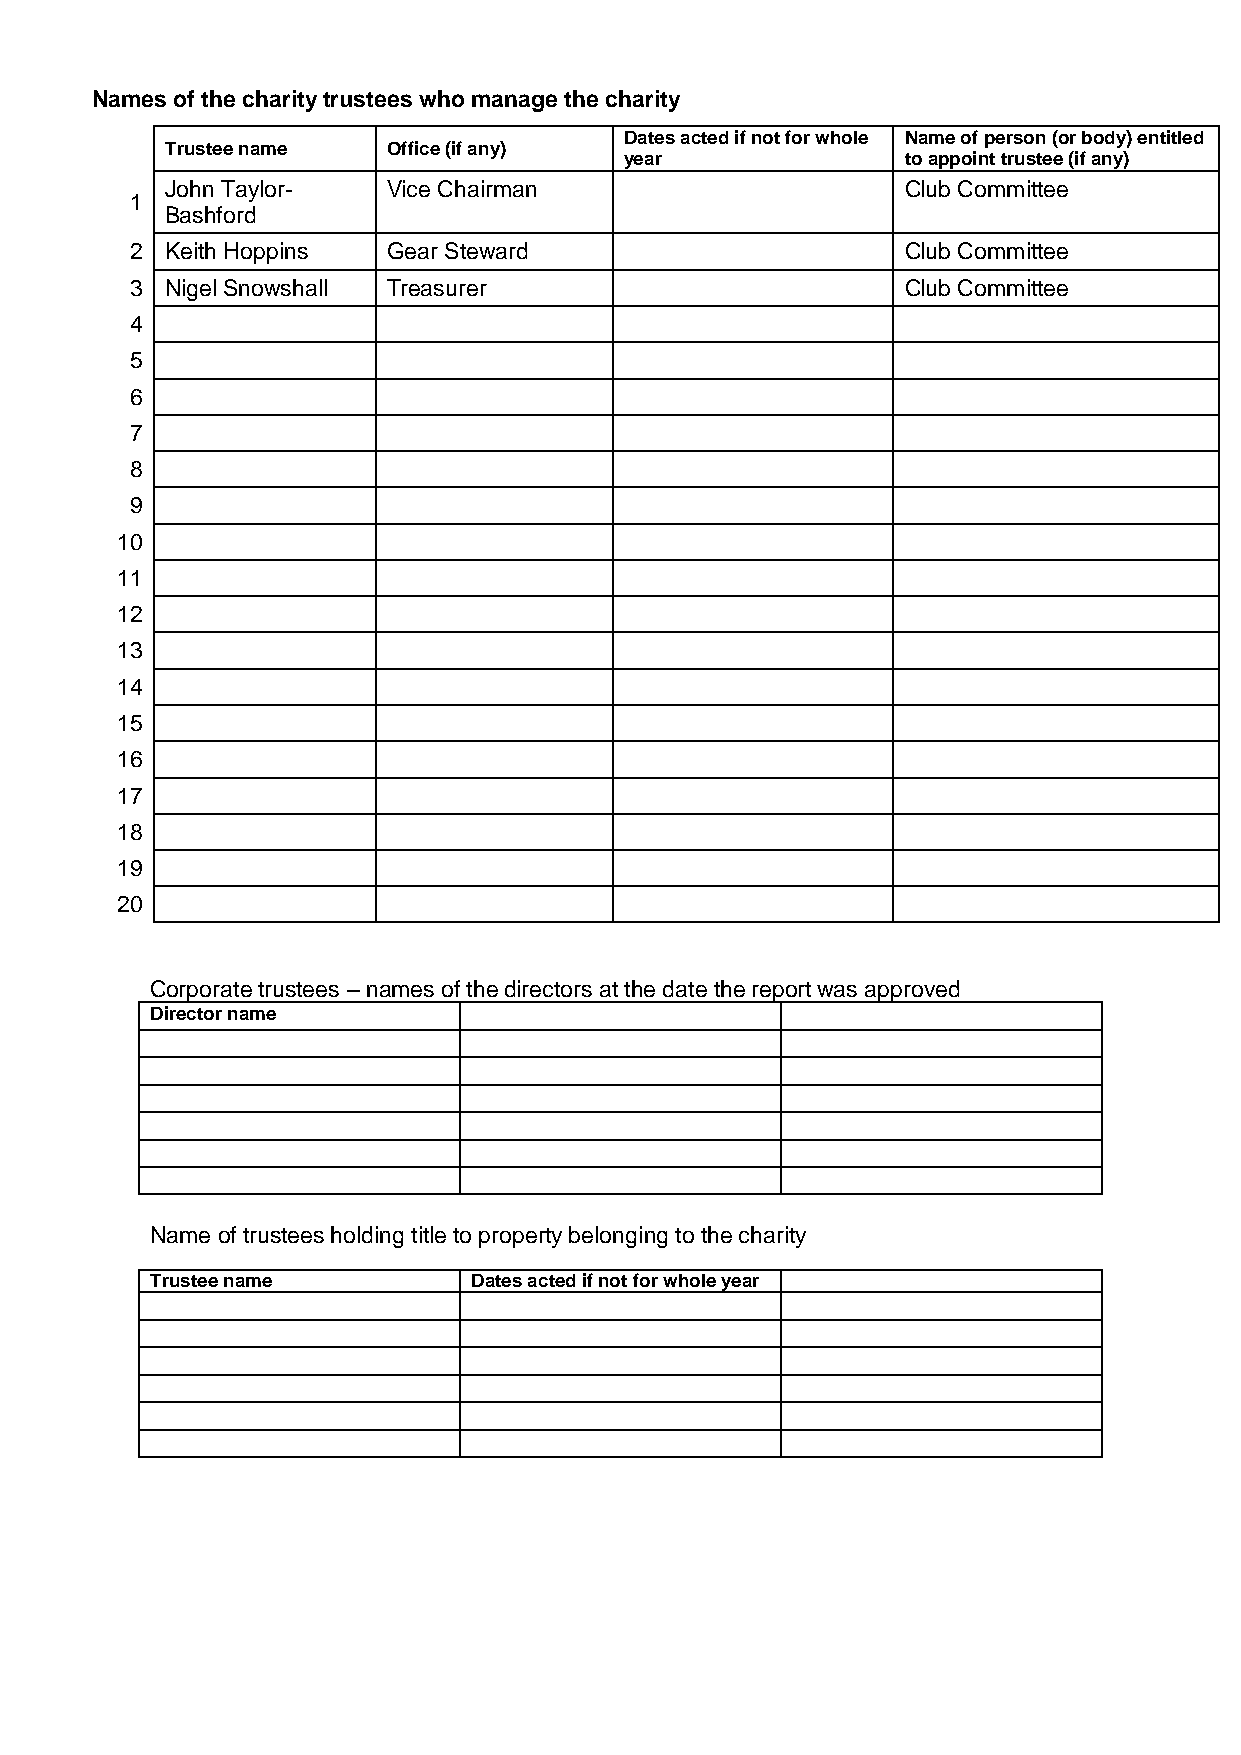
Names of the charity trustees who manage the charity
 Dates acted if not for whole Name of person (or body) entitled
 Trustee name   Office (if any)
 year               to appoint trustee (if any)
 John Taylor-   Vice Chairman                     Club Committee
 1
 Bashford
 2 Keith Hoppins  Gear Steward                      Club Committee
 3 Nigel Snowshall Treasurer                        Club Committee
 4
 5
 6
 7
 8
 9
 10
 11
 12
 13
 14
 15
 16
 17
 18
 19
 20
 Corporate trustees – names of the directors at the date the report was approved
 Director name
 Name of trustees holding title to property belonging to the charity
 Trustee name         Dates acted if not for whole year